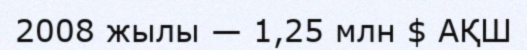
2008 жылы — 1,25 млн $ АҚШ